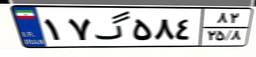
۱۷گ۵۸۴۸۲